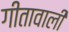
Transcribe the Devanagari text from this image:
गीतावाली